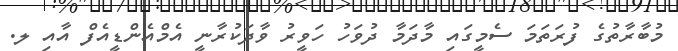
މުބާރާތުގެ ފުރަތަމަ ސެމީގައި މާދަމާ ދުވަހު ހަވީރު ވާދަކުރާނީ އެމްއެންޑީއެފް އާއި ލ.